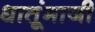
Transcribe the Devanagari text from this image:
धातूंमाजी